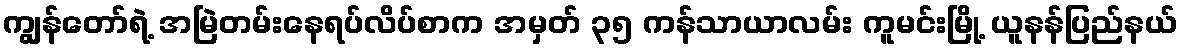
ကျွန်တော်ရဲ့ အမြဲတမ်းနေရပ်လိပ်စာက အမှတ် ၃၅ ကန်သာယာလမ်း ကူမင်းမြို့ ယူနန်ပြည်နယ်